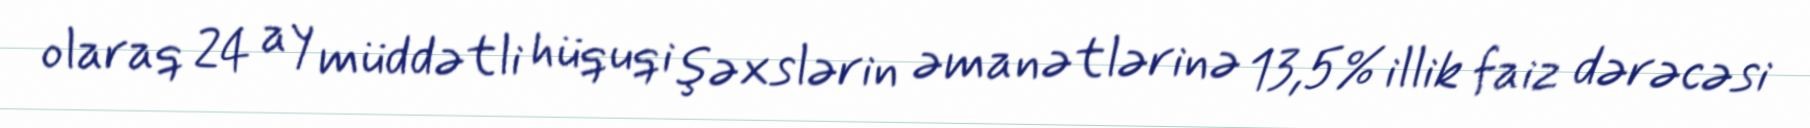
olaraq 24 ay müddətli hüquqi şəxslərin əmanətlərinə 13,5% illik faiz dərəcəsi